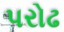
પરોઢ